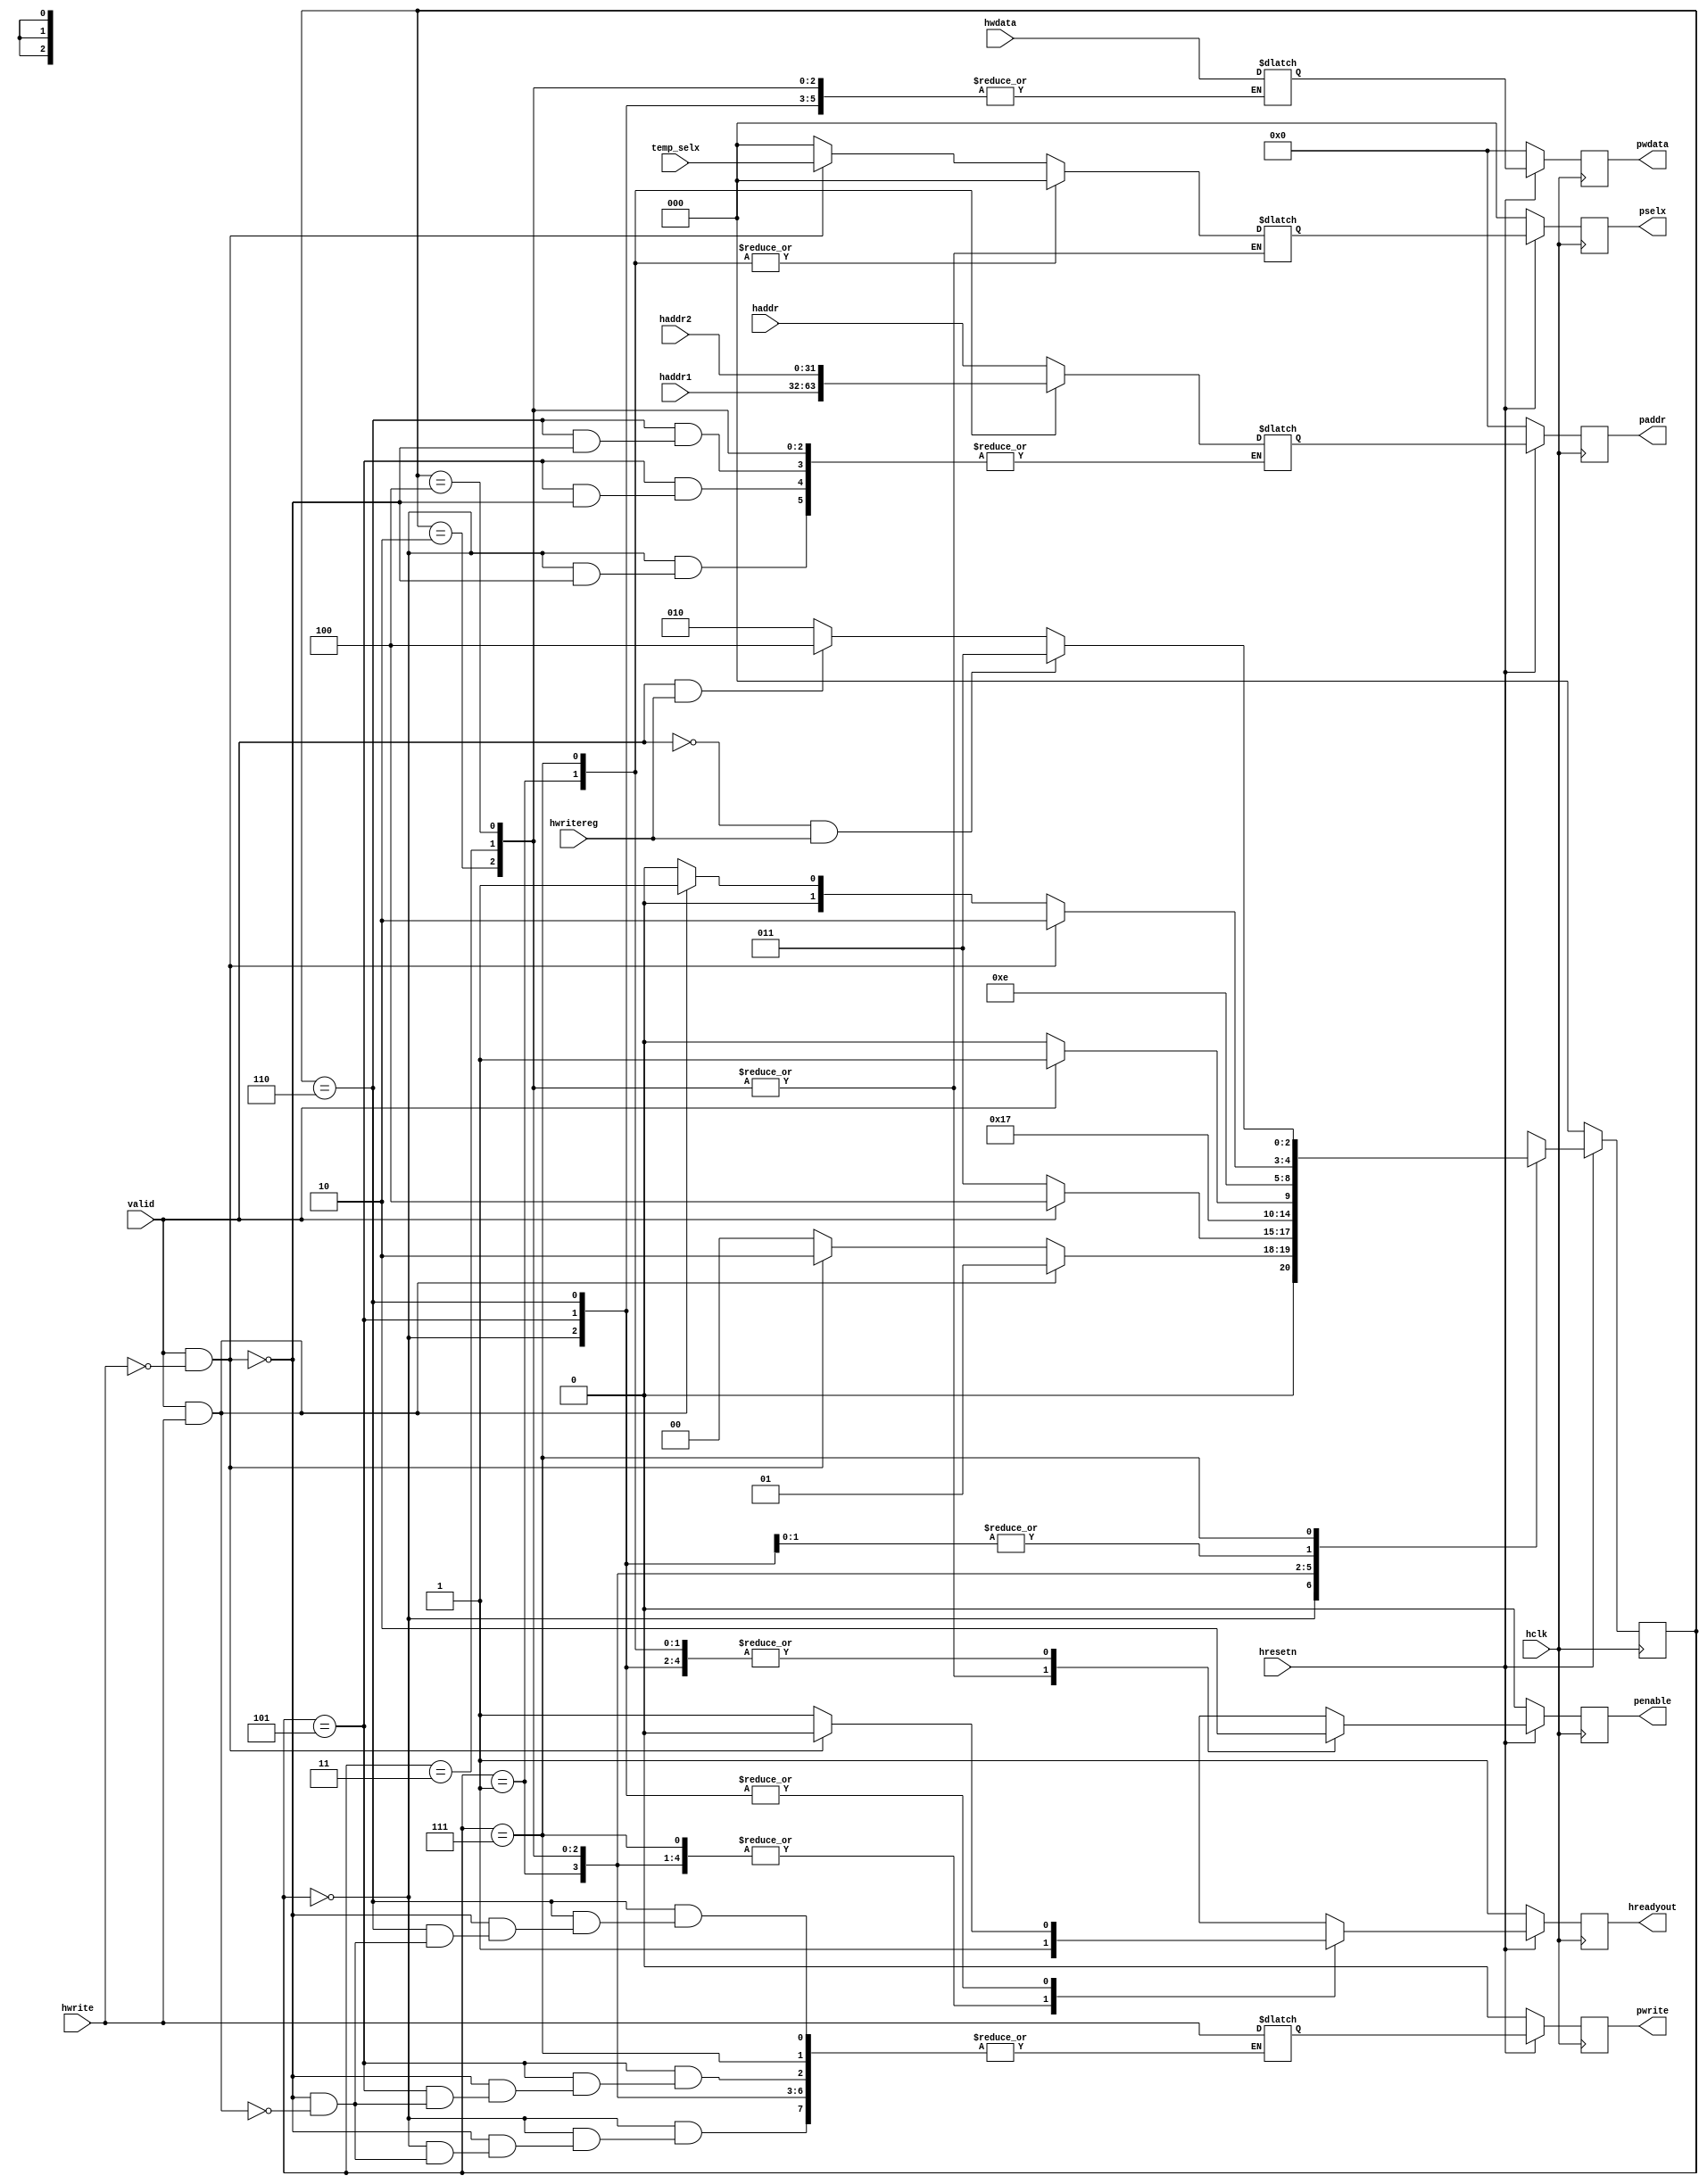
module apbcontrol(input valid, hwrite,hwritereg,hresetn,hclk,input [31:0] haddr,hwdata,haddr1, haddr2, input [2:0] temp_selx,  output reg [31:0] pwdata, paddr, output reg [2:0]pselx, output reg penable, pwrite, hreadyout);
parameter st_idle=3'b000,st_wwait=3'b001,st_read=3'b010,st_write=3'b011,st_writep=3'b100,st_renable=3'b101,st_wenable=3'b110,st_wenablep=3'b111;
reg [2:0] state, nextstate;
reg penable_temp,pwrite_temp, hreadyout_temp;
reg [31:0] paddr_temp, pwdata_temp;
reg [2:0] pselx_temp;
//reg [31:0] haddr1, haddr2;
//next state assignment
always@(posedge hclk)
begin
	if(!hresetn) state<=st_idle;
	else state<=nextstate;
end

//next state logic

always@(*)
begin
  case(state)
	st_idle: 
		begin
		   if(valid==1 && hwrite==1) nextstate= st_wwait;
		   else if(valid==1 && hwrite==0) nextstate=st_read;
		   else nextstate=st_idle;
		end
	st_wwait: 
		begin
		  if(valid==1) nextstate=st_writep;
		  else nextstate=st_write;
		end
	st_read: nextstate=st_renable;
	st_write: 
		begin
		   if(valid==1) nextstate=st_wenablep;
		   else nextstate=st_wenable;
		end
	st_writep: nextstate=st_wenablep;
	st_renable: 
		begin
		  if(valid==1 && hwrite==0) nextstate=st_read;
		  else if(valid==1 && hwrite==1) nextstate=st_wwait;
		  else nextstate=st_idle;
		end
	st_wenable:
		begin
		  if(valid==1 && hwrite==0) nextstate=st_read;
		  else if(valid==1 && hwrite==1) nextstate=st_wwait;
		  else nextstate=st_idle;
		end
	st_wenablep:
		begin
		  if(valid==0 && hwritereg==1) nextstate=st_write;
		  else if(valid==1 && hwritereg==1) nextstate=st_writep;
		  else nextstate=st_read;
		end
	default: nextstate=st_idle;
   endcase
end

//Temporary output logic
always@(*)
begin
  case(state)
	st_idle: begin
	   if(valid==1 && hwrite==0) begin
		paddr_temp=haddr;
		pwrite_temp=hwrite;
		pselx_temp=temp_selx;
		penable_temp=0;
		hreadyout_temp=0;
	   end
	   else if(valid==1 && hwrite==1) begin
		pselx_temp=0;
		penable_temp=0;
		hreadyout_temp=1;
		pwrite_temp=hwrite;
	   end
	  else  begin
		pselx_temp=0;
		penable_temp=0;
		hreadyout_temp=1;
	   end
	end
	st_wwait:
	   begin
		pselx_temp=0;
		penable_temp=0;
		hreadyout_temp=1;
		paddr_temp=haddr1;
		pwdata_temp=hwdata;
	   end
	st_read:
	  begin
		penable_temp=1;
		hreadyout_temp=1;
	   end
	
	st_write: 
	   begin
		penable_temp=1;
		hreadyout_temp=1;
	   end
	st_writep: 
	   begin
		penable_temp=1;
		hreadyout_temp=1;
	   end
	st_renable: begin
	   if(valid==1 && hwrite==0) begin
		paddr_temp=haddr;
		pwrite_temp=hwrite;
		pselx_temp=temp_selx;
		penable_temp=0;
		hreadyout_temp=0;
	   end
	   else if(valid==1 && hwrite==1) begin
		pselx_temp=0;
		penable_temp=0;
		hreadyout_temp=1;
	        pwrite_temp=hwrite;
	   end
	   else  begin
		pselx_temp=0;
		penable_temp=0;
		hreadyout_temp=1;
	   end
	end
	st_wenablep: 
	   begin
		pselx_temp=0;
		penable_temp=0;
		hreadyout_temp=1;
		paddr_temp=haddr2;
		pwdata_temp=hwdata;
	   end
	st_wenable: begin
	  if(valid==1 && hwrite==0) begin
		paddr_temp=haddr;
		pwrite_temp=hwrite;
		pselx_temp=temp_selx;
		penable_temp=0;
		hreadyout_temp=0;
	   end
	   else if(valid==1 && hwrite==1) begin
		pselx_temp=0;
		penable_temp=0;
		hreadyout_temp=1;
		pwrite_temp=hwrite;
	   end
	   else  begin
		pselx_temp=0;
		penable_temp=0;
		hreadyout_temp=1;
	   end
	end
	default: begin
	   if(valid==1 && hwrite==0) begin
		paddr_temp=haddr;
		pwrite_temp=0;
		pselx_temp=temp_selx;
		penable_temp=0;
		hreadyout_temp=0;
	   end
	   else if(valid==1 && hwrite==1) begin
		pselx_temp=0;
		penable_temp=0;
		hreadyout_temp=1;
	   end
	  else  begin
		pselx_temp=0;
		penable_temp=0;
		hreadyout_temp=1;
	   end
	end
  endcase	   	
end

always@(posedge hclk)
begin
	if(!hresetn) begin
 	        paddr=0;
		pwrite=0;
		pselx=0;
		penable=0;
		hreadyout=1;
		pwdata=0;
	end
	else begin
		paddr=paddr_temp;
		pwrite=pwrite_temp;
		pselx=pselx_temp;
		penable=penable_temp;
		hreadyout=hreadyout_temp;
		pwdata=pwdata_temp;
	end
end

endmodule